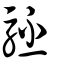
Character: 駓